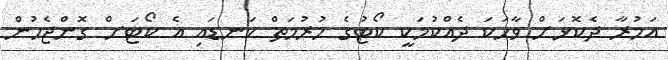
އަމުރާ ދެކޮޅަށް ވާހަކަ ދެއްކުމަކީ ކޯޓުގެ ހުރުމަތް ކަނޑައި އެ ކޯޓަށް ގޮންޖެހުން